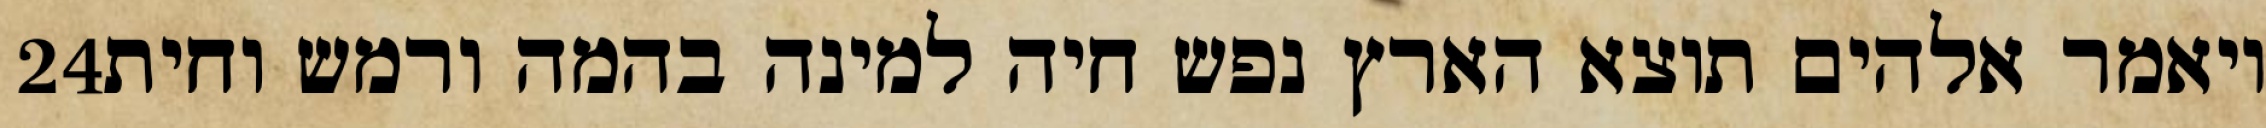
‎24‏ ויאמר אלהים תוצא הארץ נפש חיה למינה בהמה ורמש וחית